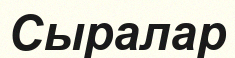
Сыралар